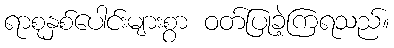
ရာစုနှစ်ပေါင်းများစွာ ဝတ်ပြုခဲ့ကြရသည်။